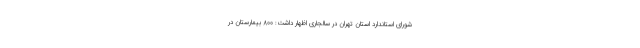
شورای استاندارد استان تهران در سالجاری اظهار داشت: ۸۰۰ بیمارستان در